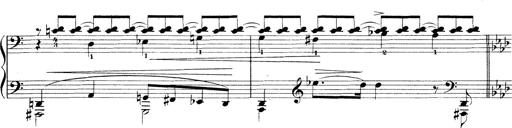
Title: 3 Ã‰tudes de concert
Composer: Franz Liszt